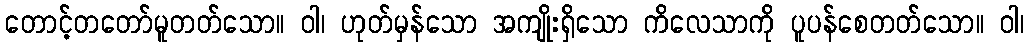
တောင့်တတော်မူတတ်သော။ ဝါ၊ ဟုတ်မှန်သော အကျိုးရှိသော ကိလေသာကို ပူပန်စေတတ်သော။ ဝါ၊